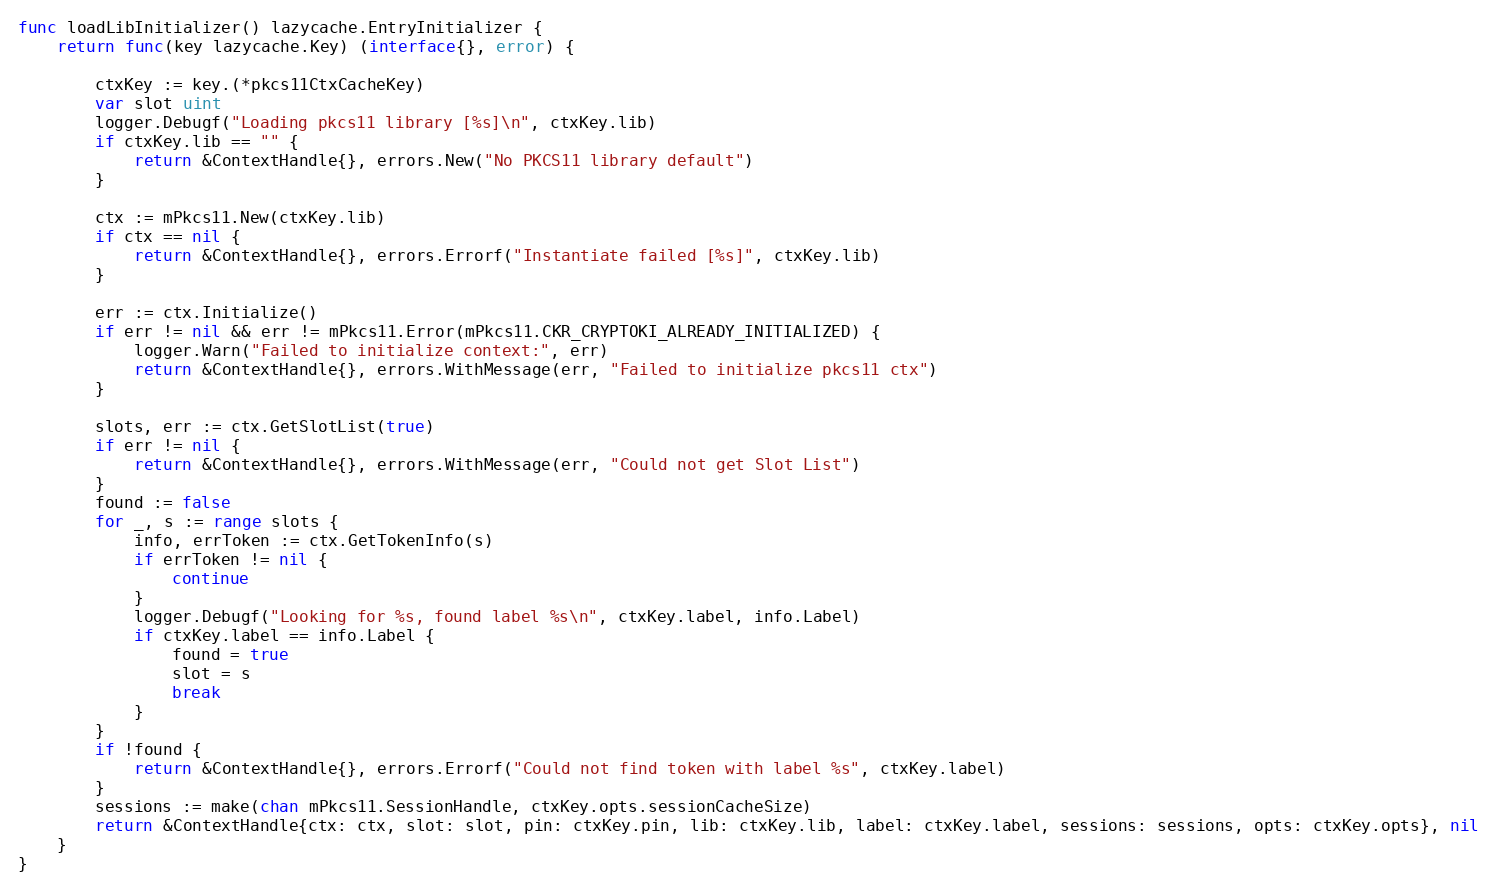
Language: Go
func loadLibInitializer() lazycache.EntryInitializer {
	return func(key lazycache.Key) (interface{}, error) {

		ctxKey := key.(*pkcs11CtxCacheKey)
		var slot uint
		logger.Debugf("Loading pkcs11 library [%s]\n", ctxKey.lib)
		if ctxKey.lib == "" {
			return &ContextHandle{}, errors.New("No PKCS11 library default")
		}

		ctx := mPkcs11.New(ctxKey.lib)
		if ctx == nil {
			return &ContextHandle{}, errors.Errorf("Instantiate failed [%s]", ctxKey.lib)
		}

		err := ctx.Initialize()
		if err != nil && err != mPkcs11.Error(mPkcs11.CKR_CRYPTOKI_ALREADY_INITIALIZED) {
			logger.Warn("Failed to initialize context:", err)
			return &ContextHandle{}, errors.WithMessage(err, "Failed to initialize pkcs11 ctx")
		}

		slots, err := ctx.GetSlotList(true)
		if err != nil {
			return &ContextHandle{}, errors.WithMessage(err, "Could not get Slot List")
		}
		found := false
		for _, s := range slots {
			info, errToken := ctx.GetTokenInfo(s)
			if errToken != nil {
				continue
			}
			logger.Debugf("Looking for %s, found label %s\n", ctxKey.label, info.Label)
			if ctxKey.label == info.Label {
				found = true
				slot = s
				break
			}
		}
		if !found {
			return &ContextHandle{}, errors.Errorf("Could not find token with label %s", ctxKey.label)
		}
		sessions := make(chan mPkcs11.SessionHandle, ctxKey.opts.sessionCacheSize)
		return &ContextHandle{ctx: ctx, slot: slot, pin: ctxKey.pin, lib: ctxKey.lib, label: ctxKey.label, sessions: sessions, opts: ctxKey.opts}, nil
	}
}